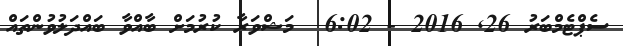
ސެޕްޓެމްބަރު 26